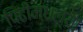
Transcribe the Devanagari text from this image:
पिढींमधल्या